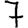
Digit: 7